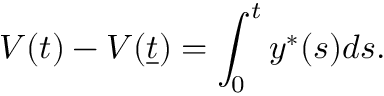
V ( t ) - V ( { \underline { { t } } } ) = \int _ { 0 } ^ { t } y ^ { \ast } ( s ) d s .